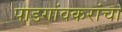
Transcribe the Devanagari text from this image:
पाडगांवकरांचा